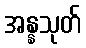
အန္နသုတ်